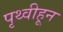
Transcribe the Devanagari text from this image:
पृथ्वीहून